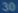
30